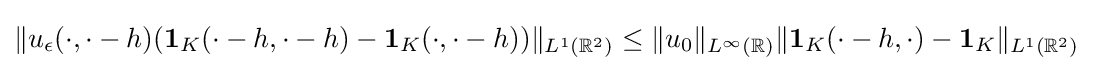
\Vert u_{\epsilon }(\cdot ,\cdot -h)(\mathbf {1} _{K}(\cdot -h,\cdot -h)-\mathbf {1} _{K}(\cdot ,\cdot -h))\Vert _{L^{1}(\mathbb {R} ^{2})}\leq \Vert u_{0}\Vert _{L^{\infty }(\mathbb {R} )}\Vert \mathbf {1} _{K}(\cdot -h,\cdot )-\mathbf {1} _{K}\Vert _{L^{1}(\mathbb {R} ^{2})}